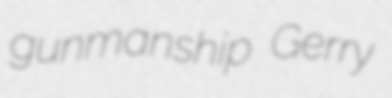
gunmanship Gerry